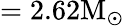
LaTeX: =2.62\mathrm{M_{\odot}}